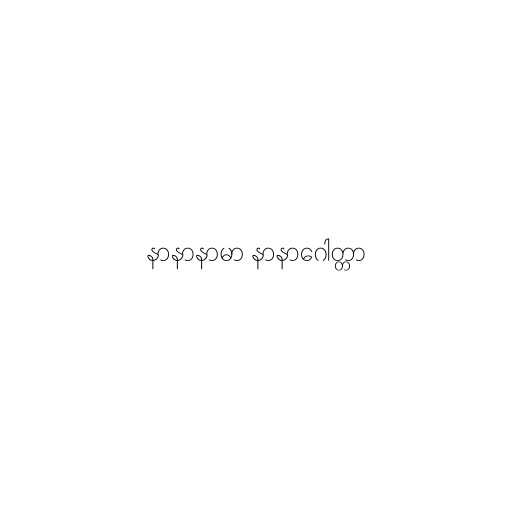
နာနာနာမာ နာနာဂေါတ္တာ